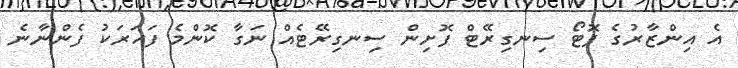
އެ އިންޒާރުގެ ފޮޓޯ ސިނގިރޭޓް ފޮށިން ސިނގިރޭޓެއް ނަގާ ކޮންމެ ފަހަރަކު ފެންނާނެ